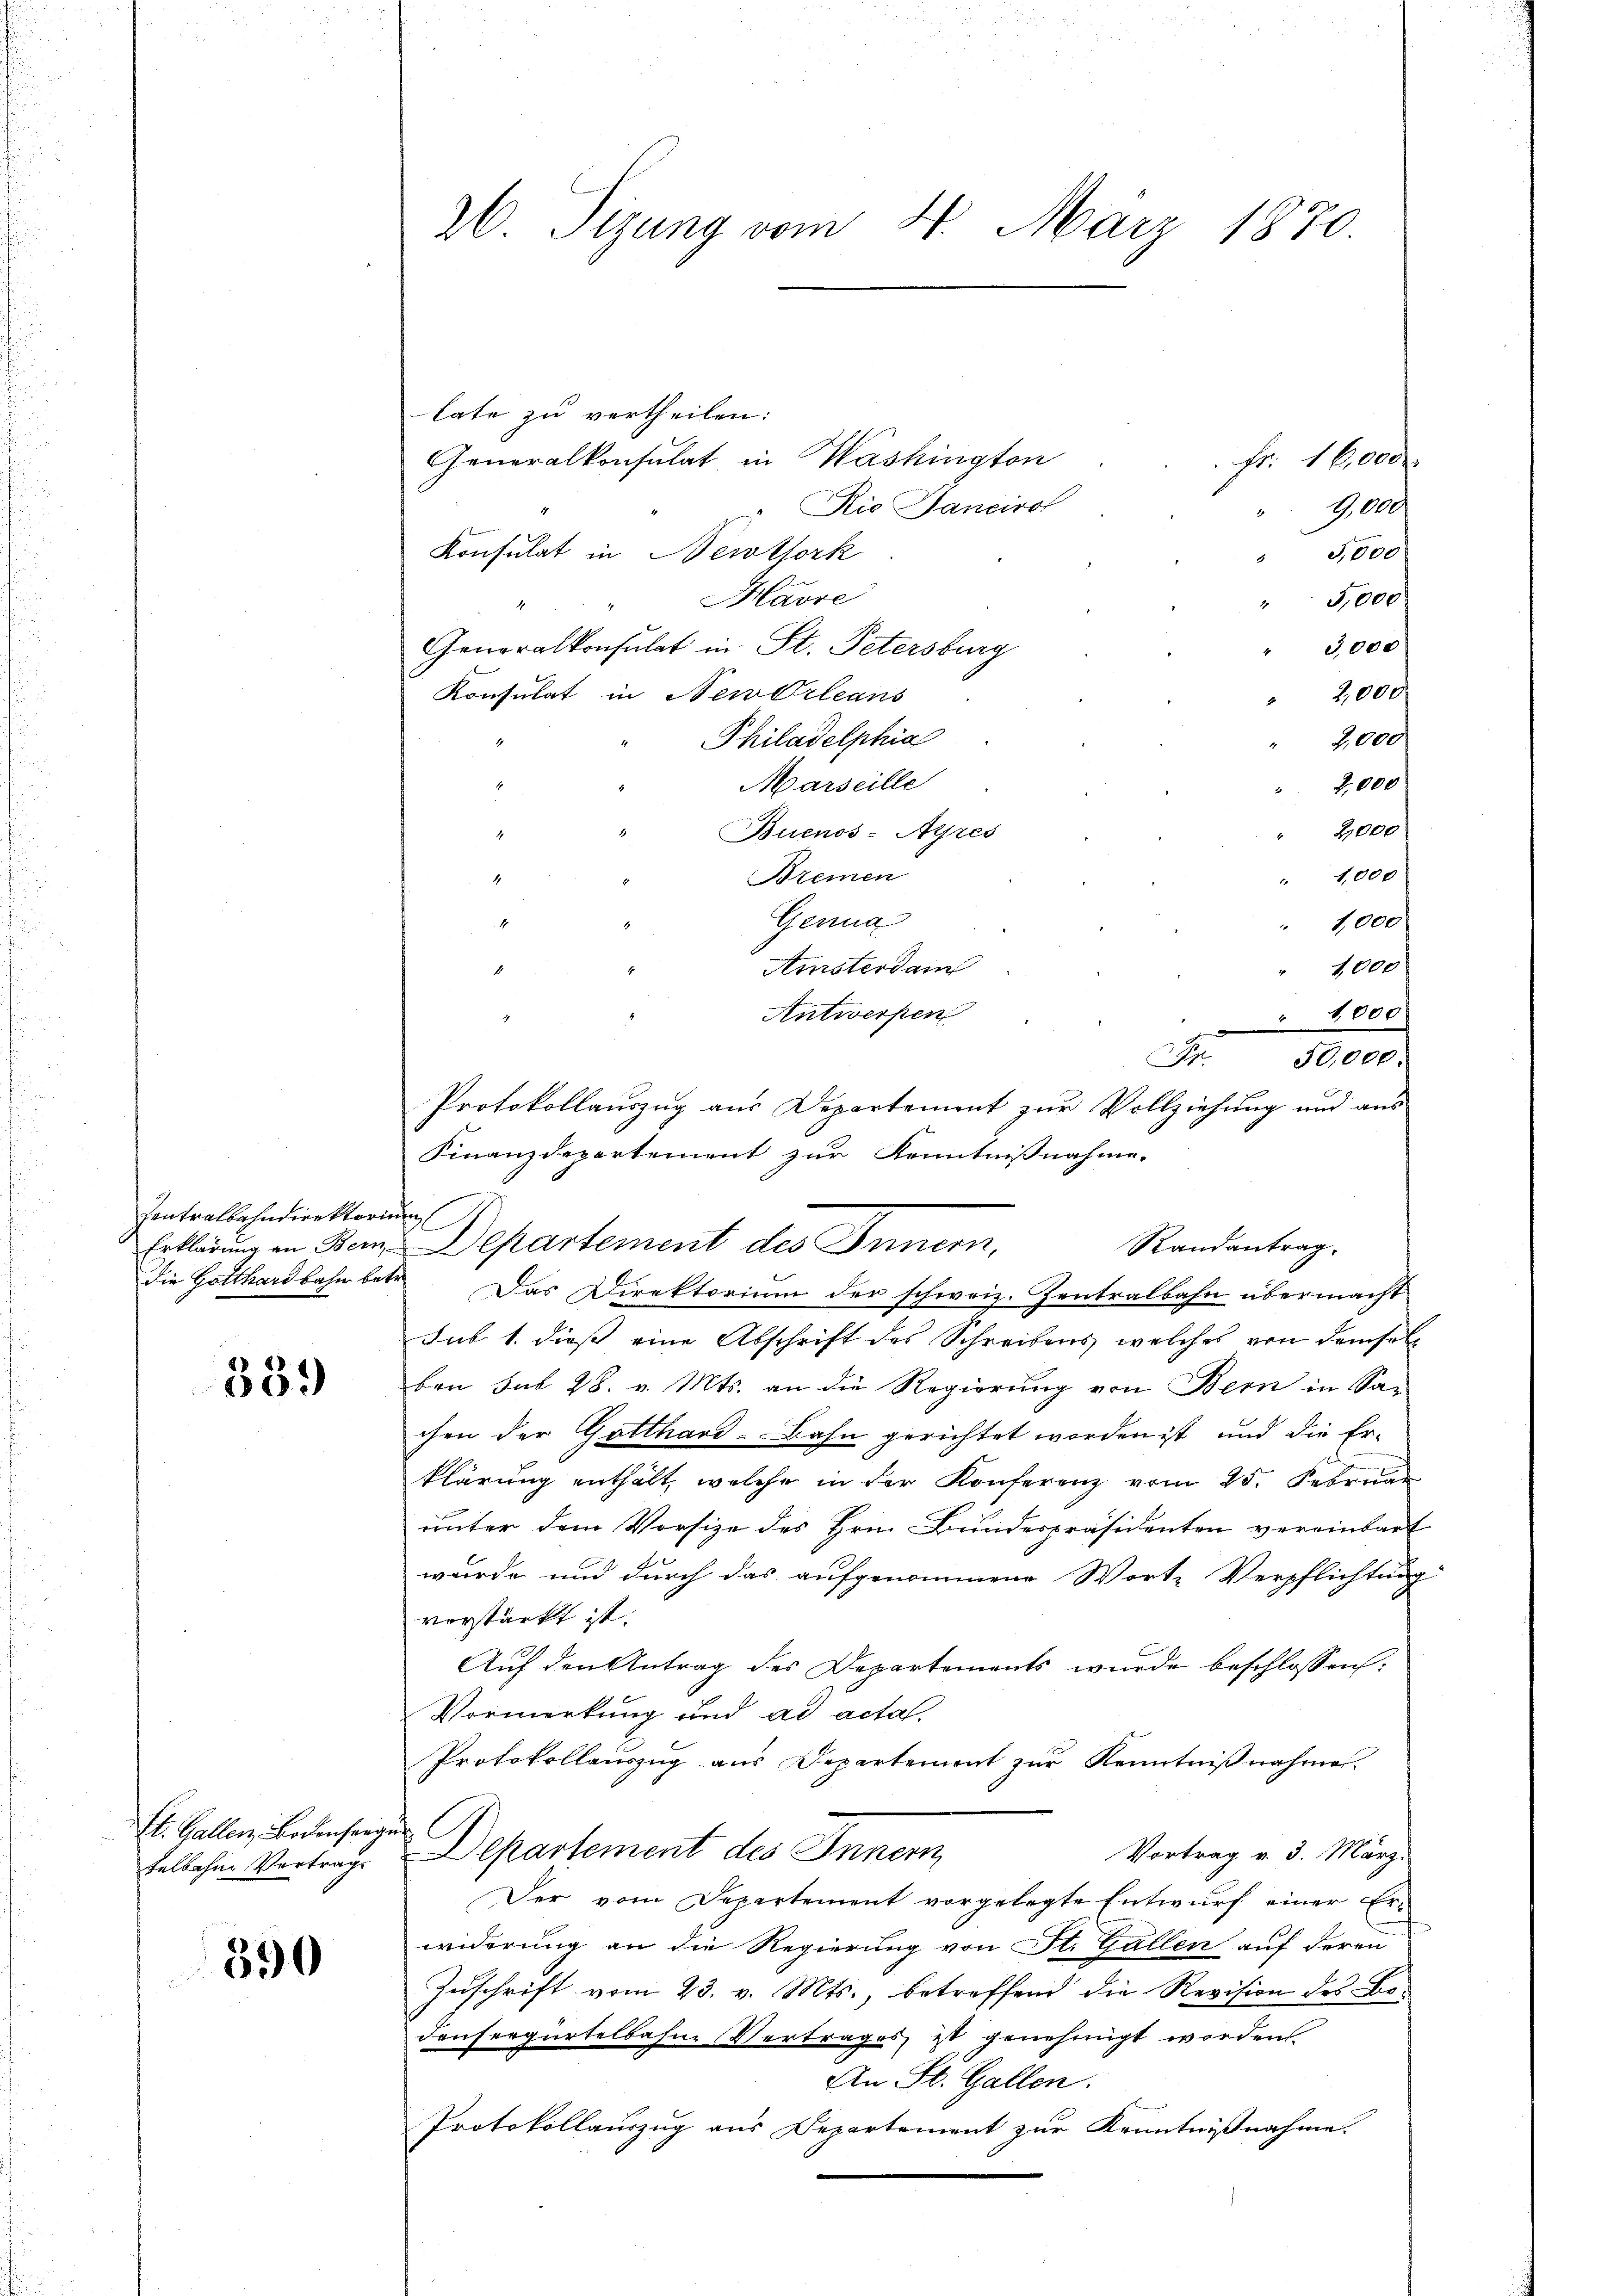
.

Contralbahndirektorium
die Gotthardbahn betr.

339

El. Gallenz Bodenseeger
telbahn Vertrag

390

26 Sizung vom 4. März 1870.

late zu vertheilen:
Generalkonsulat in Washington
 Fr. 16,000.
" Rio Fancirot
A.000
Konsulat in Bertork
5,000
Mavre
" 5,000
4
Generalkonsulat in St. Petersburg
3,000
Konsulat in Neu Orleans
2,000.
Philadelphia
J.000
Marseille
2,000
2,000
Buenos-Ayres
Bremen
" 1,000
Genua
1,000
Amsterdam
1,000
Antwerfen
"1,000
A
Protokollauszug aus Departement zur Vollziehung und aus
Finanzdepartement zur Kenntnißnahme.
Randantrag
Das Direktorium der schweiz. Zentralbahn übermacht
sub 1. dieß eine Abschrift des Schreibens welches von demsel
ben sub 28. v. Mts. an die Regierung von Bern in Sa-
chen der Gotthard-Bahn gerichtet worden ist, und die Er-
klärung enthält, welche in der Konferenz vom 25. Februar
unter dem Vorsize des Hrn. Bundespräsidenten vereinbart
wurde und durch das aufgenommene Worte Verpflichtung
verstärkt ist.
Auf den Antrag des Departements wurde beschlossen:
Vormerkung und ad acta,
Protokollauszug aus Departement zŭr Kenntniβnahme.
Departement des Innern
Vortrag v. 3. März.
Der vom Departement vorgelegte Entwurf einer Erwiderung an die Regierung von St. Gallen auf deren
Zuschrift vom 23. v. Mts., betreffend die Revision des Bodensergartelbahne Vertrages ist genehmigt worden.
An St. Gallen.
Protokollauszug aus Departement zur Kenntnißnahme.

Erklärung in Bem Departement des Innern,

50,000.